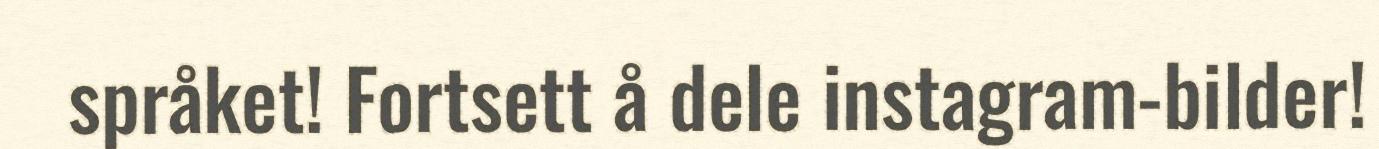
språket! Fortsett å dele instagram-bilder!